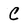
Character: C